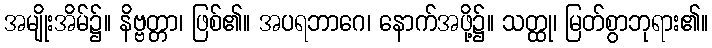
အမျိုးအိမ်၌။ နိဗ္ဗတ္တာ၊ ဖြစ်၏။ အပရဘာဂေ၊ နောက်အဖို့၌။ သတ္ထု၊ မြတ်စွာဘုရား၏။